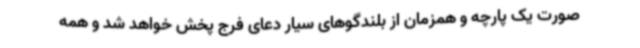
صورت یک پارچه و همزمان از بلندگوهای سیار دعای فرج پخش خواهد شد و همه